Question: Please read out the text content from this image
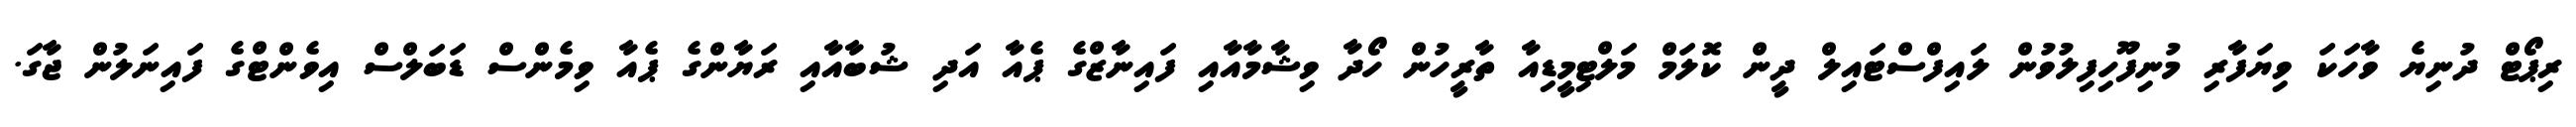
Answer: ރިޕޯޓް ދުނިޔެ ވާހަކަ ވިޔަފާރި މުނިފޫހިފިލުވުން ލައިފްސްޓައިލް ދީން ކޮލަމް މަލްޓިމީޑިއާ ތާރީހުން ހޯދާ ވިޝާމާއާއި ފައިނާޒްގެ ޕެއާ އަދި ޝުބާއާއި ރަޔާންގެ ޕެއާ ވިމެންސް ޑަބަލްސް އިވެންޓްގެ ފައިނަލުން ޖާގަ.